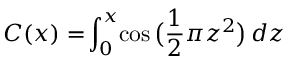
C ( x ) = \! \int _ { 0 } ^ { x } \! \cos { \big ( } { \frac { 1 } { 2 } } \pi z ^ { 2 } { \big ) } \, d z